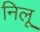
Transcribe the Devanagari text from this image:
निलू